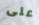
على